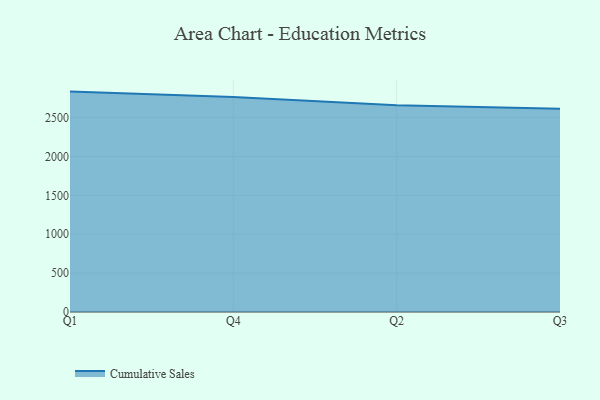
{"axis": {"x": "Quarter", "y": "Active Users"}, "legend": ["Cumulative Sales"], "data": [{"x": "Q1", "y": 2833.2, "type": "Cumulative Sales"}, {"x": "Q4", "y": 2762.4, "type": "Cumulative Sales"}, {"x": "Q2", "y": 2658.2, "type": "Cumulative Sales"}, {"x": "Q3", "y": 2613.3, "type": "Cumulative Sales"}]}